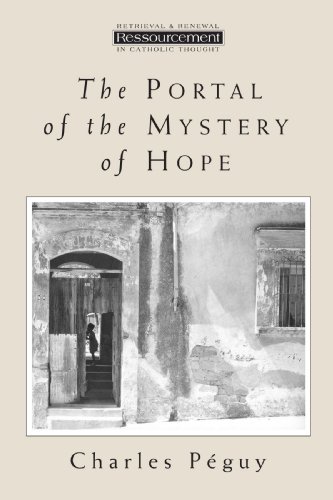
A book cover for The Portal of the Mystery of Hope (Ressourcement: Retrieval & Renewal in Catholic Thought); Mr. Charles Peguy; Christian Books & Bibles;